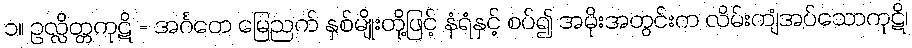
၁။ ဥလ္လိတ္တကုဋိ = အင်္ဂတေ မြေညက် နှစ်မျိုးတို့ဖြင့် နံရံနှင့် စပ်၍ အမိုးအတွင်းက လိမ်းကျံအပ်သောကုဋိ၊